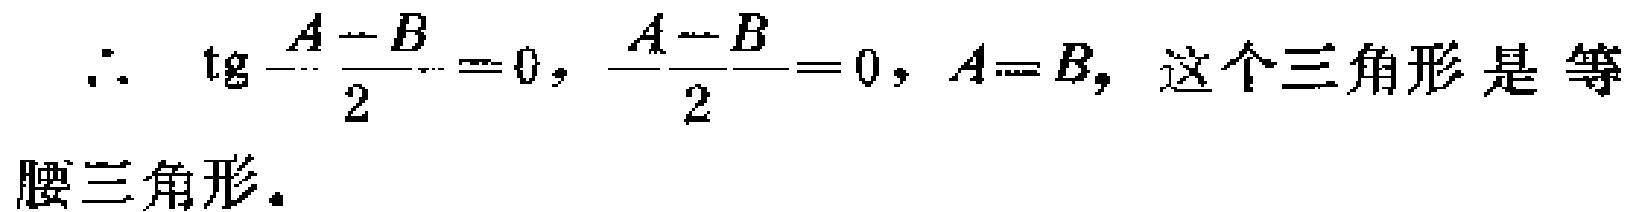
\(\therefore \ \text{tg}\frac{A - B}{2}=0, \frac{A - B}{2}=0, A = B,\) 这个三角形是等腰三角形。